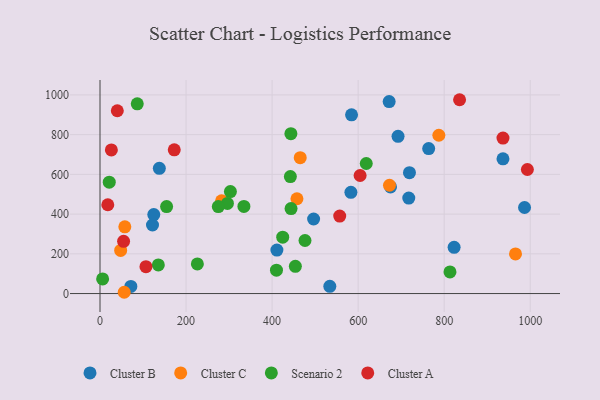
{"axis": {"x": "Speed", "y": "Rating"}, "legend": ["Cluster A", "Cluster B", "Cluster C", "Scenario 2"], "data": [{"x": "122.0", "y": 345.0, "type": "Cluster B"}, {"x": "675.3", "y": 536.8, "type": "Cluster B"}, {"x": "125.0", "y": 397.4, "type": "Cluster B"}, {"x": "672.1", "y": 966.3, "type": "Cluster B"}, {"x": "71.7", "y": 35.8, "type": "Cluster B"}, {"x": "936.7", "y": 678.5, "type": "Cluster B"}, {"x": "583.2", "y": 509.4, "type": "Cluster B"}, {"x": "986.8", "y": 433.1, "type": "Cluster B"}, {"x": "411.2", "y": 218.7, "type": "Cluster B"}, {"x": "823.1", "y": 232.8, "type": "Cluster B"}, {"x": "764.0", "y": 729.9, "type": "Cluster B"}, {"x": "496.5", "y": 375.3, "type": "Cluster B"}, {"x": "584.7", "y": 900.0, "type": "Cluster B"}, {"x": "534.2", "y": 36.6, "type": "Cluster B"}, {"x": "137.9", "y": 630.6, "type": "Cluster B"}, {"x": "692.8", "y": 791.6, "type": "Cluster B"}, {"x": "717.7", "y": 480.5, "type": "Cluster B"}, {"x": "719.3", "y": 608.3, "type": "Cluster B"}, {"x": "672.9", "y": 545.2, "type": "Cluster C"}, {"x": "56.3", "y": 6.4, "type": "Cluster C"}, {"x": "965.8", "y": 199.5, "type": "Cluster C"}, {"x": "787.6", "y": 797.0, "type": "Cluster C"}, {"x": "282.6", "y": 466.7, "type": "Cluster C"}, {"x": "57.7", "y": 335.7, "type": "Cluster C"}, {"x": "465.4", "y": 683.9, "type": "Cluster C"}, {"x": "457.8", "y": 477.3, "type": "Cluster C"}, {"x": "48.0", "y": 217.0, "type": "Cluster C"}, {"x": "424.7", "y": 284.0, "type": "Scenario 2"}, {"x": "444.1", "y": 427.9, "type": "Scenario 2"}, {"x": "476.5", "y": 267.0, "type": "Scenario 2"}, {"x": "443.7", "y": 804.9, "type": "Scenario 2"}, {"x": "618.9", "y": 654.6, "type": "Scenario 2"}, {"x": "296.2", "y": 453.8, "type": "Scenario 2"}, {"x": "303.1", "y": 513.2, "type": "Scenario 2"}, {"x": "86.6", "y": 955.1, "type": "Scenario 2"}, {"x": "442.5", "y": 589.1, "type": "Scenario 2"}, {"x": "813.5", "y": 108.9, "type": "Scenario 2"}, {"x": "135.6", "y": 144.2, "type": "Scenario 2"}, {"x": "154.8", "y": 437.9, "type": "Scenario 2"}, {"x": "334.5", "y": 438.7, "type": "Scenario 2"}, {"x": "21.5", "y": 560.6, "type": "Scenario 2"}, {"x": "410.2", "y": 117.6, "type": "Scenario 2"}, {"x": "454.1", "y": 137.0, "type": "Scenario 2"}, {"x": "226.3", "y": 148.9, "type": "Scenario 2"}, {"x": "6.1", "y": 73.7, "type": "Scenario 2"}, {"x": "275.0", "y": 438.0, "type": "Scenario 2"}, {"x": "54.8", "y": 262.7, "type": "Cluster A"}, {"x": "557.2", "y": 390.0, "type": "Cluster A"}, {"x": "936.7", "y": 782.7, "type": "Cluster A"}, {"x": "172.6", "y": 723.6, "type": "Cluster A"}, {"x": "993.4", "y": 624.6, "type": "Cluster A"}, {"x": "40.2", "y": 920.3, "type": "Cluster A"}, {"x": "18.1", "y": 447.1, "type": "Cluster A"}, {"x": "835.8", "y": 975.8, "type": "Cluster A"}, {"x": "26.4", "y": 723.0, "type": "Cluster A"}, {"x": "106.8", "y": 135.4, "type": "Cluster A"}, {"x": "604.6", "y": 594.4, "type": "Cluster A"}]}